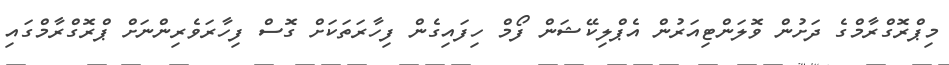
މިޕްރޮގްރާމްގެ ދަށުން ވޮލަންޓިއަރުން އެޕްލިކޭޝަން ފޯމް ހިފައިގެން ފިހާރަތަކަށް ގޮސް ފިހާރަވެރިންނަށް ޕްރޮގްރާމްގައި